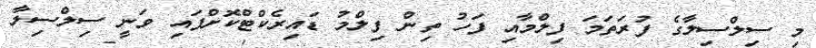
މި ސިލްސިލާގެ ފުރަތަމަ ފިލްމާއި ފަހު ތިން ފިލްމު ޑައިރެކްޓްކޮށްފައި ވަނީ ސިލްސިލާ